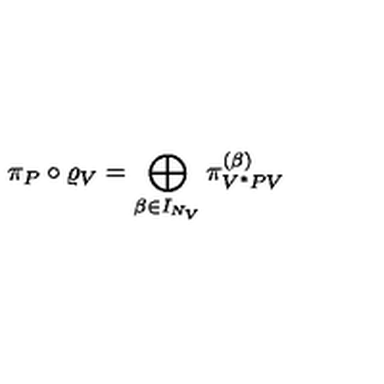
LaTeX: \pi _ { P } \circ \varrho _ { V } = \bigoplus _ { \beta \in I _ { N _ { V } } } \pi _ { V ^ { * } P V } ^ { ( \beta ) }